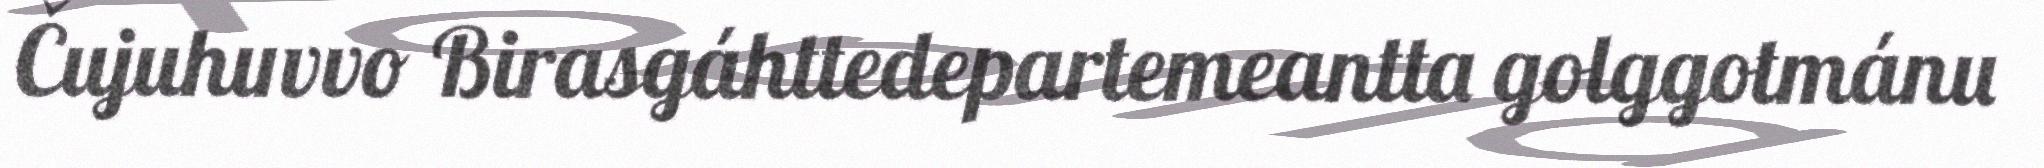
Čujuhuvvo Birasgáhttedepartemeantta golggotmánu